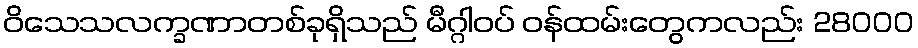
ဝိသေသလက္ခဏာတစ်ခုရှိသည် မီဂ္ဂါဝပ် ဝန်ထမ်းတွေကလည်း 28000